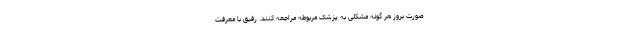
صورت بروز هر گونه مشکلی به پزشک مربوطه مراجعه کنند. رفیق با معرفت